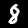
Label: 8